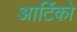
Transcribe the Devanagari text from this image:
आर्टिको